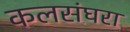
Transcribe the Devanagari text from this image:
कलसंघरा